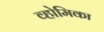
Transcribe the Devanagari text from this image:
व्होमिका